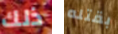
ذلك بقتله